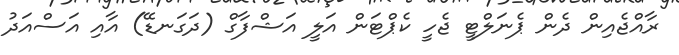
ރާއްޖެއިން ދެން ޕެނަލްޓީ ޖެހީ ކެޕްޓަން އަލީ އަޝްފާގް (ދަގަނޑޭ) އާއި އަސްއަދު